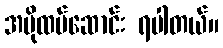
အပိုထပ်ဆောင်း ရပါတယ်။